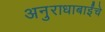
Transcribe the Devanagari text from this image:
अनुराधाबाईंचे